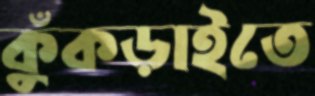
কুঁকড়াইতে